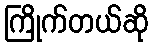
ကြိုက်တယ်ဆို